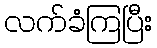
လက်ခံကြပြီး